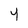
Character: 4